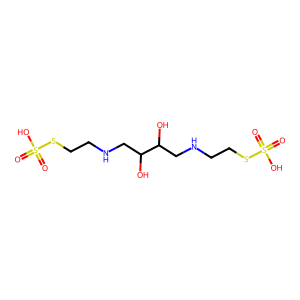
SMILES: O=S(=O)(O)SCCNCC(O)C(O)CNCCSS(=O)(=O)O
Inhibits HIV replication: No